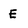
Character: E